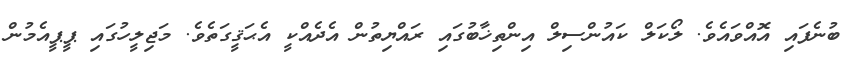
ބުނެފައި އޮއްވައެވެ. ލޯކަލް ކައުންސިލް އިންތިޚާބުގައި ރައްޔިތުން އެދެއްކީ އެޙަޤީގަތެވެ. މަޖިލީހުގައި ޕީޕީއެމުން